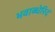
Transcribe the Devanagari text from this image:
भवाब्धेरिदं